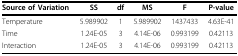
<table><thead><tr><td><b>Source of Variation</b></td><td><b>SS</b></td><td><b>df</b></td><td><b>MS</b></td><td><b>F</b></td><td><b>P-value</b></td></tr></thead><tbody><tr><td>Temperature</td><td>5.989902</td><td>1</td><td>5.989902</td><td>1437433</td><td>4.63E-41</td></tr><tr><td>Time</td><td>1.24E-05</td><td>3</td><td>4.14E-06</td><td>0.993199</td><td>0.42113</td></tr><tr><td>Interaction</td><td>1.24E-05</td><td>3</td><td>4.14E-06</td><td>0.993199</td><td>0.42113</td></tr></tbody></table>